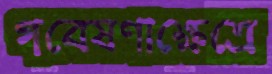
গবেষণাক্ষেত্রে